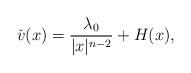
LaTeX: \begin{align*}\check{v}(x)=\frac{\lambda_0}{\vert x\vert^{n-2}}+H(x),\end{align*}